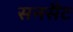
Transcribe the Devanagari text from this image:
सनसैट